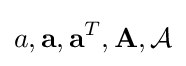
{a,{\bf {a}},{\bf {a}}^{T},\mathbf {A} ,{\mathcal {A}}}